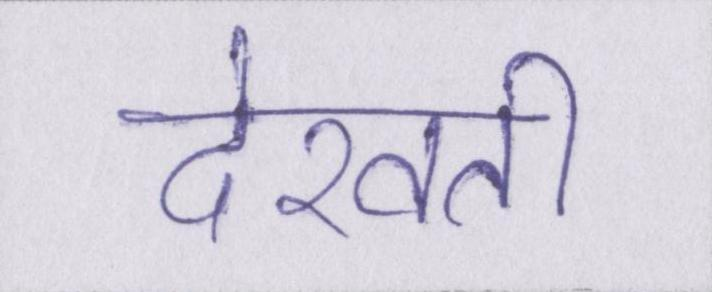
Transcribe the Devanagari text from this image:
देखती